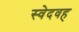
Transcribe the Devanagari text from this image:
स्वेदवह